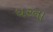
ધરના